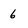
Character: 6